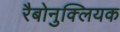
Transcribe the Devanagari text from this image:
रैबोनुक्लियक